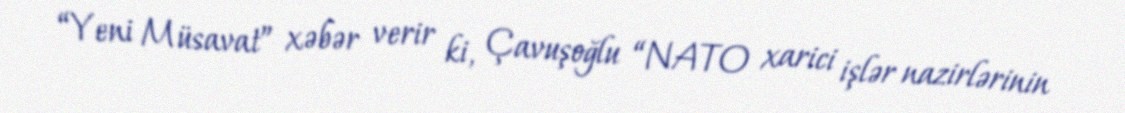
“Yeni Müsavat” xəbər verir ki, Çavuşoğlu “NATO xarici işlər nazirlərinin